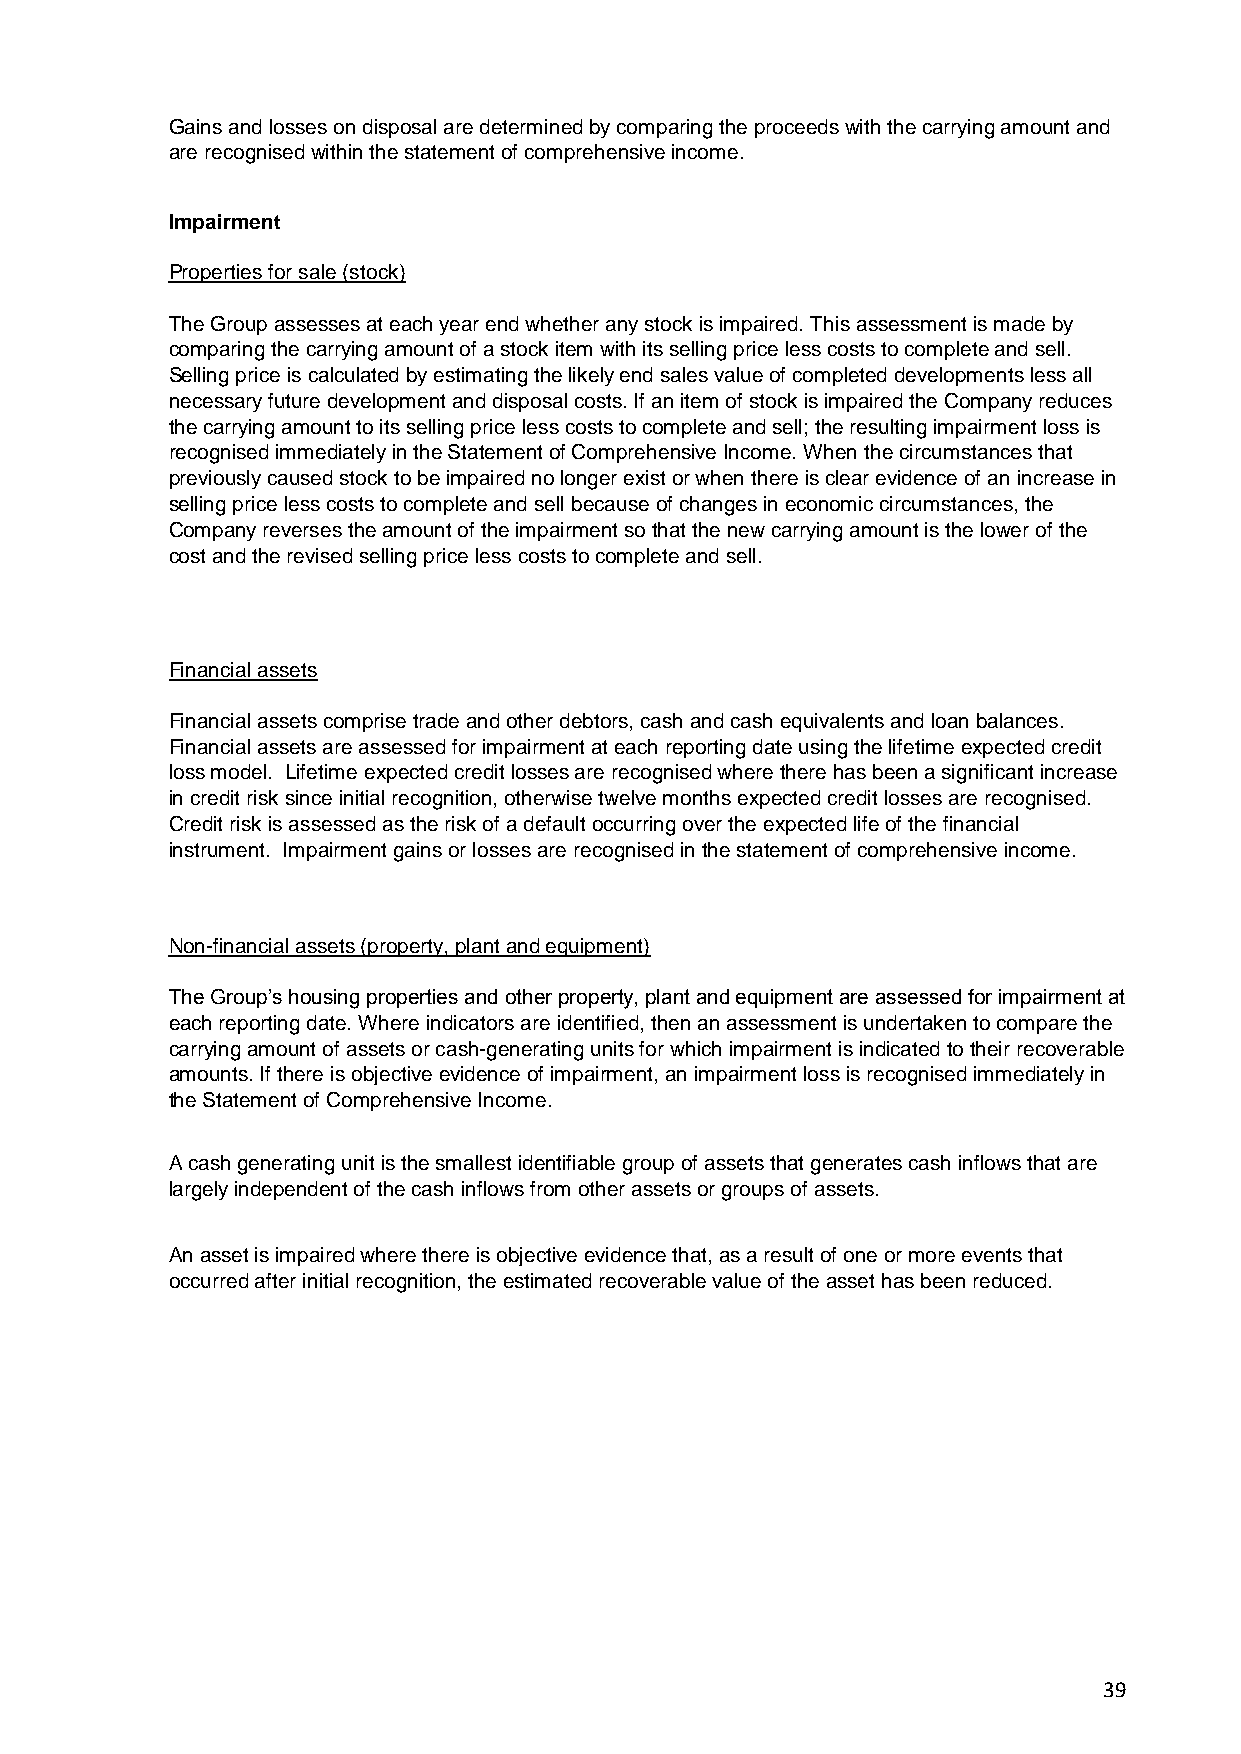
Gains and losses on disposal are determined by comparing the proceeds with the carrying amount and
 are recognised within the statement of comprehensive income.
 Impairment
 Properties for sale (stock)
 The Group assesses at each year end whether any stock is impaired. This assessment is made by
 comparing the carrying amount of a stock item with its selling price less costs to complete and sell.
 Selling price is calculated by estimating the likely end sales value of completed developments less all
 necessary future development and disposal costs. If an item of stock is impaired the Company reduces
 the carrying amount to its selling price less costs to complete and sell; the resulting impairment loss is
 recognised immediately in the Statement of Comprehensive Income. When the circumstances that
 previously caused stock to be impaired no longer exist or when there is clear evidence of an increase in
 selling price less costs to complete and sell because of changes in economic circumstances, the
 Company reverses the amount of the impairment so that the new carrying amount is the lower of the
 cost and the revised selling price less costs to complete and sell.
 Financial assets
 Financial assets comprise trade and other debtors, cash and cash equivalents and loan balances.
 Financial assets are assessed for impairment at each reporting date using the lifetime expected credit
 loss model. Lifetime expected credit losses are recognised where there has been a significant increase
 in credit risk since initial recognition, otherwise twelve months expected credit losses are recognised.
 Credit risk is assessed as the risk of a default occurring over the expected life of the financial
 instrument. Impairment gains or losses are recognised in the statement of comprehensive income.
 Non-financial assets (property, plant and equipment)
 The Group’s housing properties and other property, plant and equipment are assessed for impairment at
 each reporting date. Where indicators are identified, then an assessment is undertaken to compare the
 carrying amount of assets or cash-generating units for which impairment is indicated to their recoverable
 amounts. If there is objective evidence of impairment, an impairment loss is recognised immediately in
 the Statement of Comprehensive Income.
 A cash generating unit is the smallest identifiable group of assets that generates cash inflows that are
 largely independent of the cash inflows from other assets or groups of assets.
 An asset is impaired where there is objective evidence that, as a result of one or more events that
 occurred after initial recognition, the estimated recoverable value of the asset has been reduced.
 39